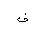
Letter: _fa